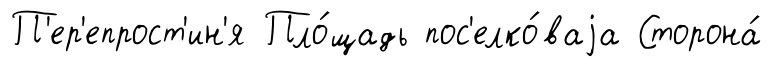
П'ер'епрост'ин'я Пло́щадь пос'елко́ваjа Сторона́